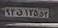
۹۳ق۱۲۵۵۳